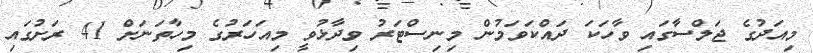
މިއަދުގެ ޖަލްސާގައި ވާހަކަ ދައްކަވަމުން މިނިސްޓަރު ވިދާޅުވީ މިއަހަރުގެ މިހާތަނަށް 41 ރަށުގައި